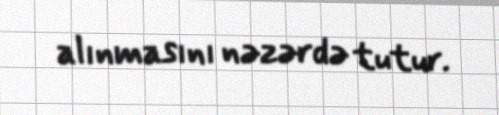
alınmasını nəzərdə tutur.